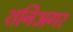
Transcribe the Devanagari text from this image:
शनिअगर